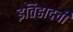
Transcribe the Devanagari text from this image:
इतिहादची